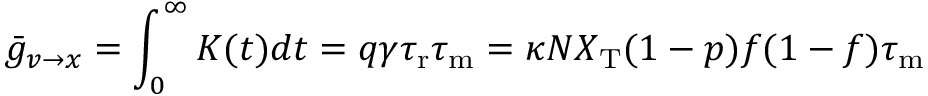
\bar { g } _ { v \to x } = \int _ { 0 } ^ { \infty } K ( t ) d t = q \gamma { \tau _ { \mathrm { r } } } { \tau _ { \mathrm { m } } } = \kappa N X _ { \mathrm { T } } ( 1 - p ) f ( 1 - f ) { \tau _ { \mathrm { m } } }